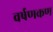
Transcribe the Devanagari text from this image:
वर्षणकण